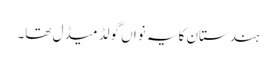
ہندستان کا یہ نواں گولڈ میڈل تھا۔